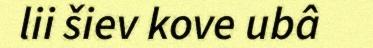
lii šiev kove ubâ